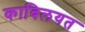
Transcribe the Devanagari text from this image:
काबिलयत